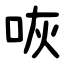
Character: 咴